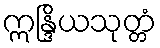
ဣန္ဒြိယသုတ္တံ